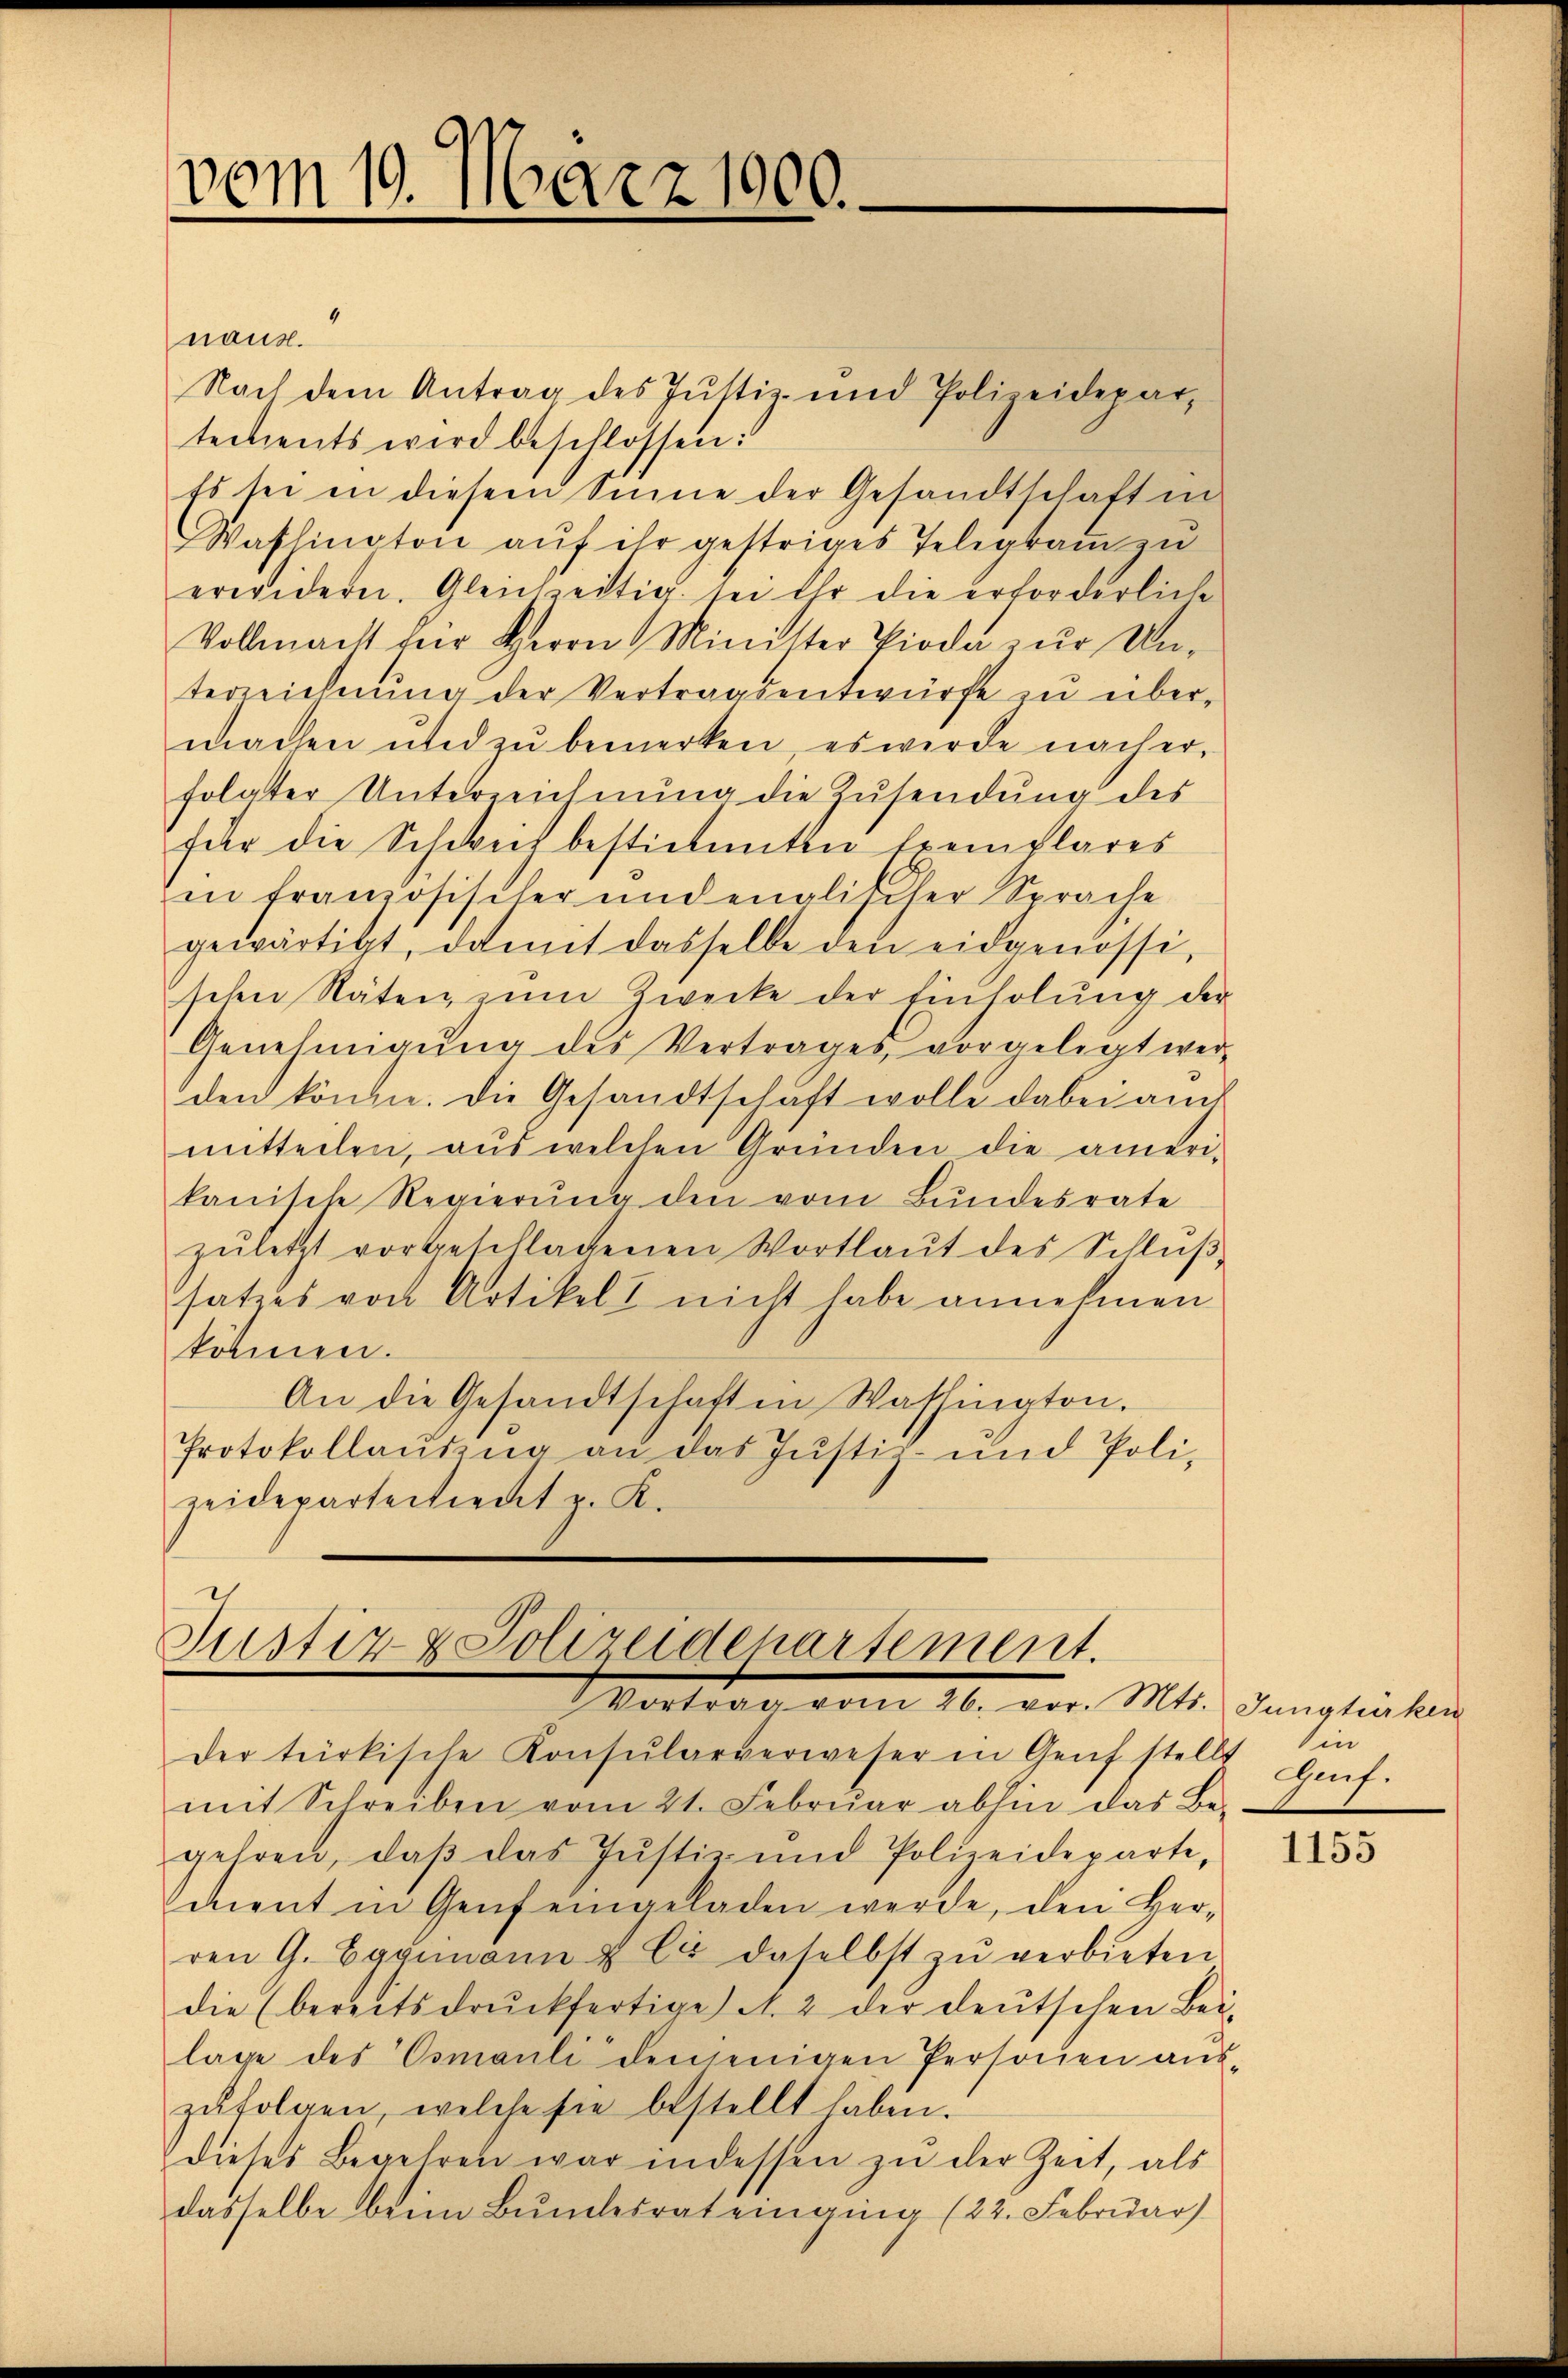
vom 10. März 1900.

Justiz & Polizeidenartement.
Vortrag vom 26. vor. Mts. Jungturken

naus.
Nach dem Antrag des Justiz- und Polizeidepartectients wird beschlossen:
Es sei in diesem Sinne der Gesandtschaft in
Waflington auf ihr gestriges Telegram zu
erwidern. Gleichzeitig sei ihr die erforderliche
Vollmacht zur Herrn Minister Pioda zur Un-
terreichnŭng der Vertragsentwürfe zŭ über-
machen und zŭ bemerken, es werde nach er-
folgter Unterreichnung die Zusendung des
für die Schweit bestimmten Exemplares
in französischer undenglischer Sprache
gewärtigt, damit dasselbe den eidgenössi
schen Stäten, zum Zwecke der Einholŭng der
Genehmigŭng des Vertrages vorgelegt wer-
den könne. Die Gesandtschaft wolle dabei auch
mitteilen, aŭs welchen Gründen die ameri-
kanische Regierŭng den vom Bundesrate
zŭletzt vorgeschlagenen Wortlaŭt des Schlŭβ-
satzes von Artikel nicht habe annehmen
können.
An die Gesandtschaft in Washington.
Protokollausing an das Justiz- und Poli-
zeidepartentient z. K.

der türkische Konsularverweser in Genf stells
mit Schreiben vom 21. Febrŭar abhin das Be-
gehren, daβ das Justiz und Polizeideparte,
dent in Genf eingeladen werde, den Verren G. Hagmann u. Er daselbst zŭ verbieten
die (bereitsdruckfertige A. 2 der deutschen Bei-
lage des Osmanli denjenigen Personen aŭs-
zŭfolgen, welche sie bestellt haben.
dieses Begehren war in dessen zŭ der Zeit, als
dasselbe beim Bundesrat einging (22. Februar)

Ein
Gef.

1155